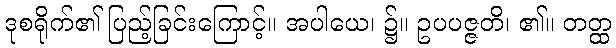
ဒုစရိုက်၏ ပြည့်ခြင်းကြောင့်။ အပါယေ၊ ၌။ ဥပပဇ္ဇတိ၊ ၏။ တတ္ထ